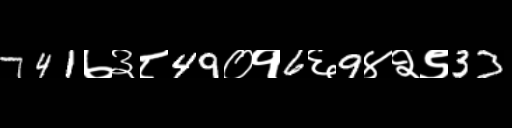
Text: 741७३८49०१6६9४२९33